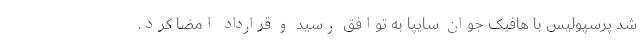
شد پرسپولیس با هافبک جوان سایپا به توافق رسید و قرارداد امضا کرد.